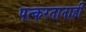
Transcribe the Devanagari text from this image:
पत्करतानाही